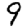
Digit: 9